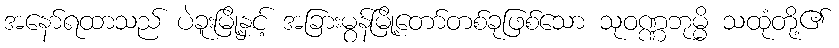
အနော်ရထာသည် ပဲခူးမြို့နှင့် အခြားမွန်မြို့တော်တစ်ခုဖြစ်သော သုဝဏ္ဏဘုမ္မိ သထုံတို့၏